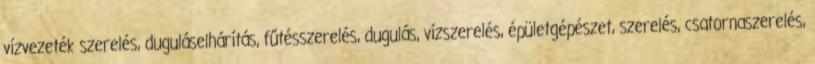
vízvezeték szerelés, duguláselhárítás, fűtésszerelés, dugulás, vízszerelés, épületgépészet, szerelés, csatornaszerelés,